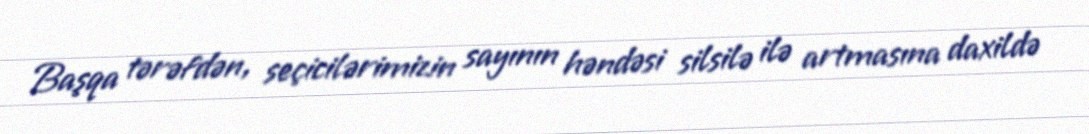
Başqa tərəfdən, seçicilərimizin sayının həndəsi silsilə ilə artmasına daxildə